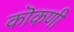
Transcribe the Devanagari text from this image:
कॊकणी